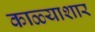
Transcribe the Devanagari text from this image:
काळ्याशार